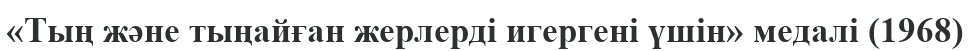
«Тың және тыңайған жерлерді игергені үшін» медалі (1968)